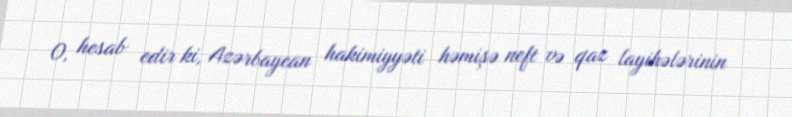
O, hesab edir ki, Azərbaycan hakimiyyəti həmişə neft və qaz layihələrinin